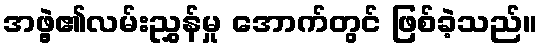
အဖွဲ့၏လမ်းညွှန်မှု အောက်တွင် ဖြစ်ခဲ့သည်။